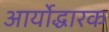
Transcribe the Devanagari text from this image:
आर्योद्धारक